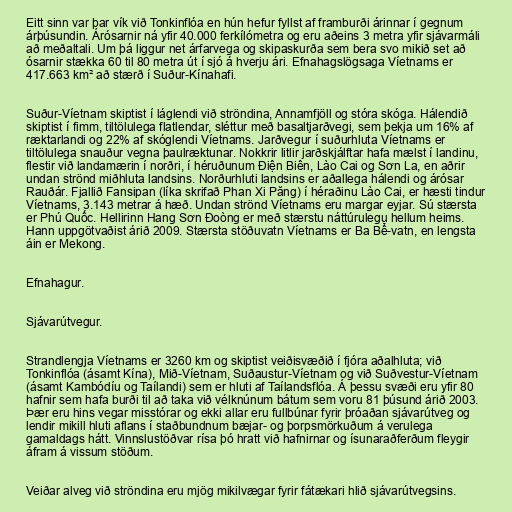
Eitt sinn var þar vík við Tonkinflóa en hún hefur fyllst af framburði árinnar í gegnum
árþúsundin. Árósarnir ná yfir 40.000 ferkílómetra og eru aðeins 3 metra yfir sjávarmáli
að meðaltali. Um þá liggur net árfarvega og skipaskurða sem bera svo mikið set að
ósarnir stækka 60 til 80 metra út í sjó á hverju ári. Efnahagslögsaga Víetnams er
417.663 km² að stærð í Suður-Kínahafi.

Suður-Víetnam skiptist í láglendi við ströndina, Annamfjöll og stóra skóga. Hálendið
skiptist í fimm, tiltölulega flatlendar, sléttur með basaltjarðvegi, sem þekja um 16% af
ræktarlandi og 22% af skóglendi Víetnams. Jarðvegur í suðurhluta Víetnams er
tiltölulega snauður vegna þaulræktunar. Nokkrir litlir jarðskjálftar hafa mælst í landinu,
flestir við landamærin í norðri, í héruðunum Điện Biên, Lào Cai og Sơn La, en aðrir
undan strönd miðhluta landsins. Norðurhluti landsins er aðallega hálendi og árósar
Rauðár. Fjallið Fansipan (líka skrifað Phan Xi Păng) í héraðinu Lào Cai, er hæsti tindur
Víetnams, 3.143 metrar á hæð. Undan strönd Víetnams eru margar eyjar. Sú stærsta
er Phú Quốc. Hellirinn Hang Sơn Đoòng er með stærstu náttúrulegu hellum heims.
Hann uppgötvaðist árið 2009. Stærsta stöðuvatn Víetnams er Ba Bể-vatn, en lengsta
áin er Mekong.

Efnahagur.

Sjávarútvegur.

Strandlengja Víetnams er 3260 km og skiptist veiðisvæðið í fjóra aðalhluta; við
Tonkinflóa (ásamt Kína), Mið-Víetnam, Suðaustur-Víetnam og við Suðvestur-Víetnam
(ásamt Kambódíu og Taílandi) sem er hluti af Taílandsflóa. Á þessu svæði eru yfir 80
hafnir sem hafa burði til að taka við vélknúnum bátum sem voru 81 þúsund árið 2003.
Þær eru hins vegar misstórar og ekki allar eru fullbúnar fyrir þróaðan sjávarútveg og
lendir mikill hluti aflans í staðbundnum bæjar- og þorpsmörkuðum á verulega
gamaldags hátt. Vinnslustöðvar rísa þó hratt við hafnirnar og ísunaraðferðum fleygir
áfram á vissum stöðum.

Veiðar alveg við ströndina eru mjög mikilvægar fyrir fátækari hlið sjávarútvegsins.